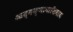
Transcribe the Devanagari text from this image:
आत्मज्ञानाशिवाय